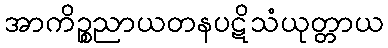
အာကိဉ္စညာယတနပဋိသံယုတ္တာယ